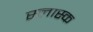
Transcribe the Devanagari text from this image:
स्लास्क